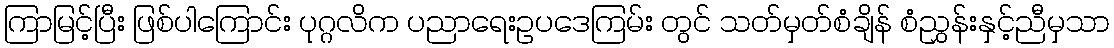
ကြာမြင့်ပြီး ဖြစ်ပါကြောင်း ပုဂ္ဂလိက ပညာရေးဥပဒေကြမ်း တွင် သတ်မှတ်စံချိန် စံညွှန်းနှင့်ညီမှသာ